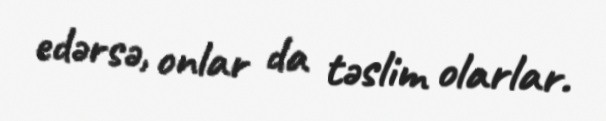
edərsə, onlar da təslim olarlar.